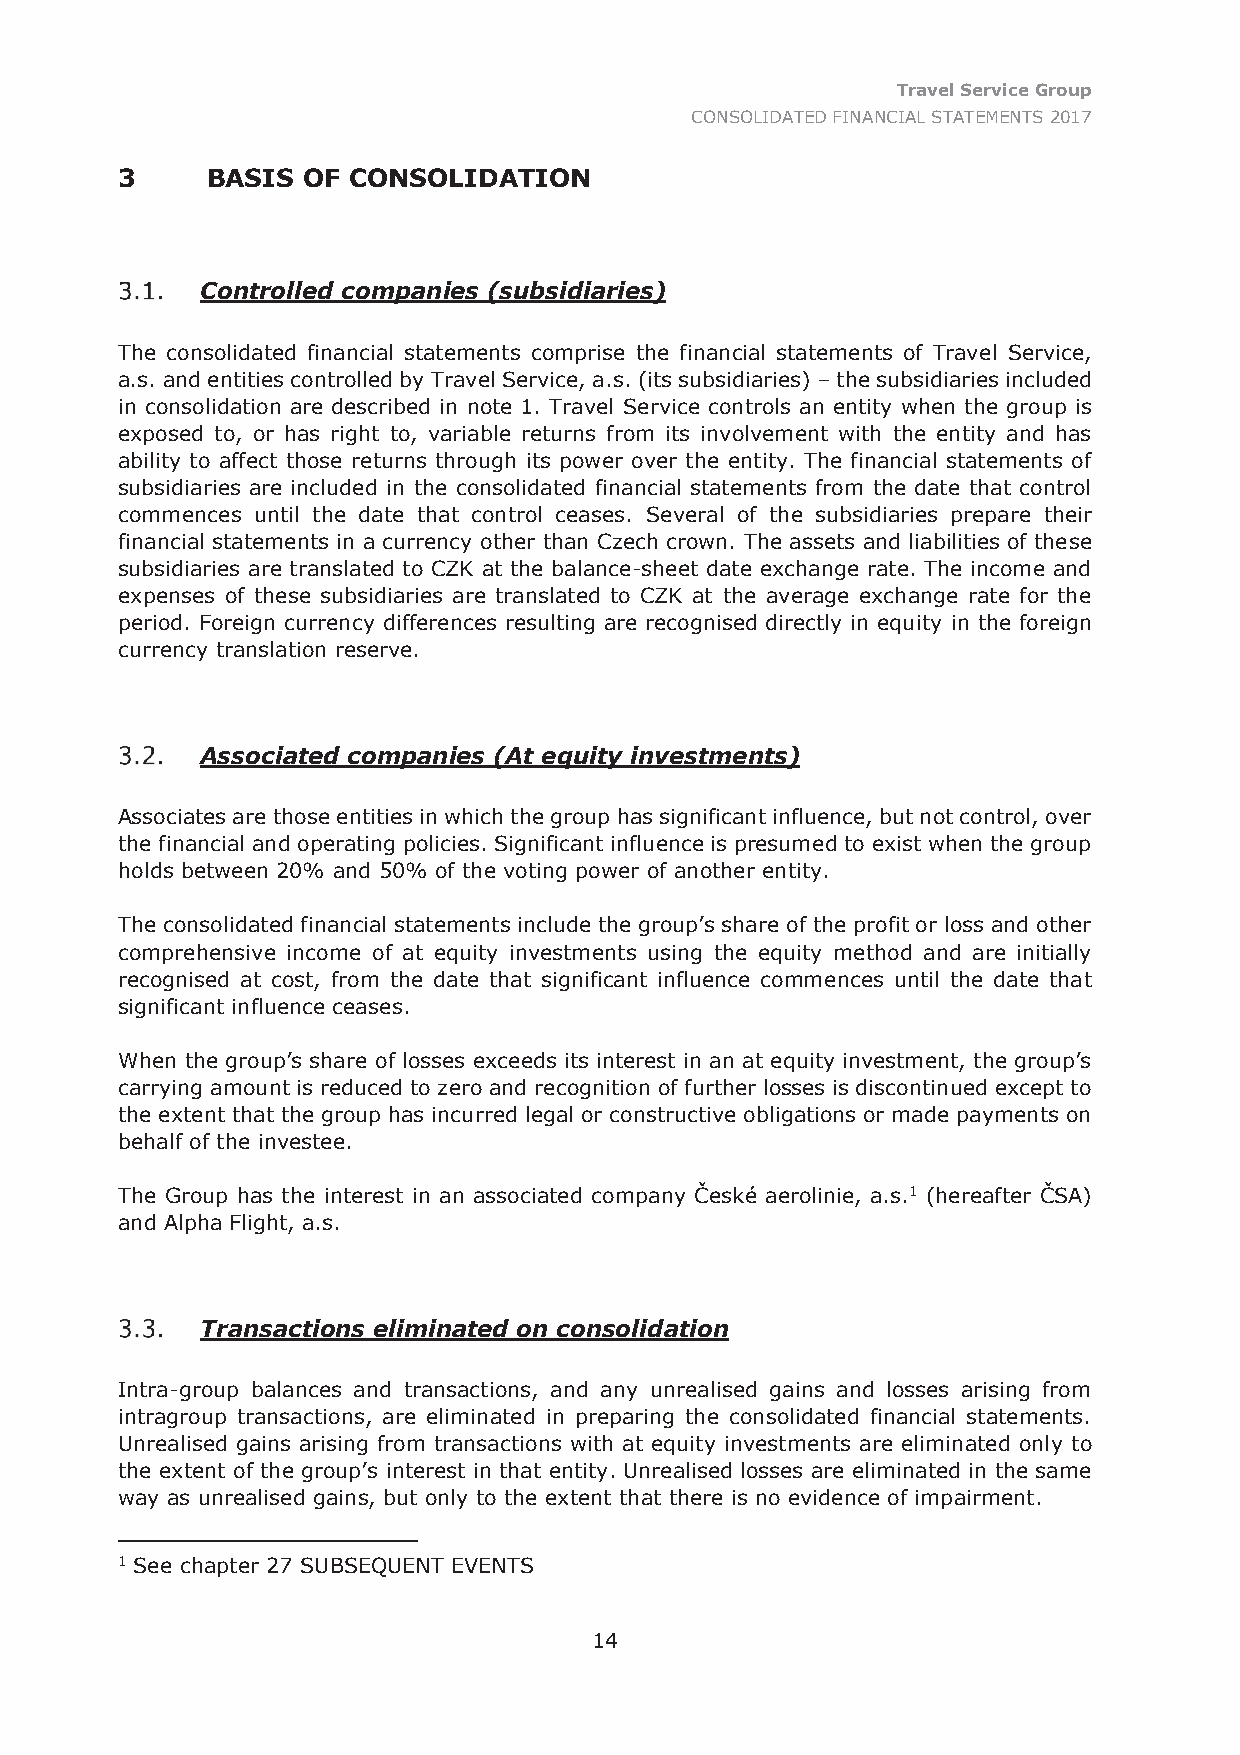
Travel Service Group
 CONSOLIDATED FINANCIAL STATEMENTS 2017
 3     BASIS OF CONSOLIDATION
 Controlled companies (subsidiaries)
 The consolidated financial statements comprise the financial statements of Travel Service,
 a.s. and entities controlled by Travel Service, a.s. (its subsidiaries) – the subsidiaries included
 in consolidation are described in note 1. Travel Service controls an entity when the group is
 exposed to, or has right to, variable returns from its involvement with the entity and has
 ability to affect those returns through its power over the entity. The financial statements of
 subsidiaries are included in the consolidated financial statements from the date that control
 commences until the date that control ceases. Several of the subsidiaries prepare their
 financial statements in a currency other than Czech crown. The assets and liabilities of these
 subsidiaries are translated to CZK at the balance-sheet date exchange rate. The income and
 expenses of these subsidiaries are translated to CZK at the average exchange rate for the
 period. Foreign currency differences resulting are recognised directly in equity in the foreign
 currency translation reserve.
 Associated companies (At equity investments)
 Associates are those entities in which the group has significant influence, but not control, over
 the financial and operating policies. Significant influence is presumed to exist when the group
 holds between 20% and 50% of the voting power of another entity.
 The consolidated financial statements include the group’s share of the profit or loss and other
 comprehensive income of at equity investments using the equity method and are initially
 recognised at cost, from the date that significant influence commences until the date that
 significant influence ceases.
 When the group’s share of losses exceeds its interest in an at equity investment, the group’s
 carrying amount is reduced to zero and recognition of further losses is discontinued except to
 the extent that the group has incurred legal or constructive obligations or made payments on
 behalf of the investee.
 The Group has the interest in an associated company České aerolinie, a.s.1 (hereafter ČSA)
 and Alpha Flight, a.s.
 Transactions eliminated on consolidation
 Intra-group balances and transactions, and any unrealised gains and losses arising from
 intragroup transactions, are eliminated in preparing the consolidated financial statements.
 Unrealised gains arising from transactions with at equity investments are eliminated only to
 the extent of the group’s interest in that entity. Unrealised losses are eliminated in the same
 way as unrealised gains, but only to the extent that there is no evidence of impairment.
 1 See chapter 27 SUBSEQUENT EVENTS
 14